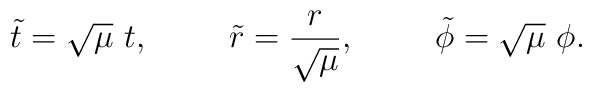
\tilde{t}=\sqrt{\mu} ~t, \hspace{10mm} \tilde{r}=\frac{r}{\sqrt{\mu}}, \hspace{10mm} \tilde{\phi}=\sqrt{\mu} ~\phi.